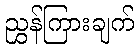
ညွှန်ကြားချက်